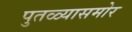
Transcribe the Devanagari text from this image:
पुतळ्यासमोर